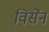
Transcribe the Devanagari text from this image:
विर्सेन